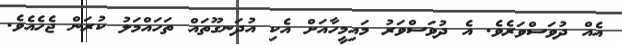
އެއް ދުވަސްވަރެވެ. އެ ދުވަސްވަރު މައިމީހާއަށް އެކި އުދަނގޫތައް ތަހައްމަލު ކުރަން ޖެހެއެވެ.